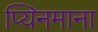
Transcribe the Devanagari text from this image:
प्यिनमाना